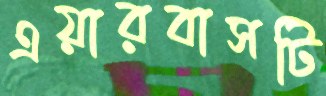
এয়ারবাসটি